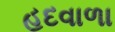
હદવાળા